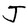
Character: J